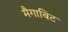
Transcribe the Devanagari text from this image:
मैगाबिट